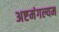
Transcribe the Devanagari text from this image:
अष्टमंगल्यम